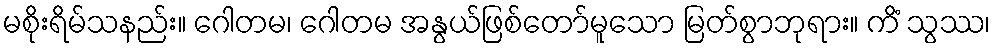
မစိုးရိမ်သနည်း။ ဂေါတမ၊ ဂေါတမ အနွယ်ဖြစ်တော်မူသော မြတ်စွာဘုရား။ ကိံ သွဿ၊